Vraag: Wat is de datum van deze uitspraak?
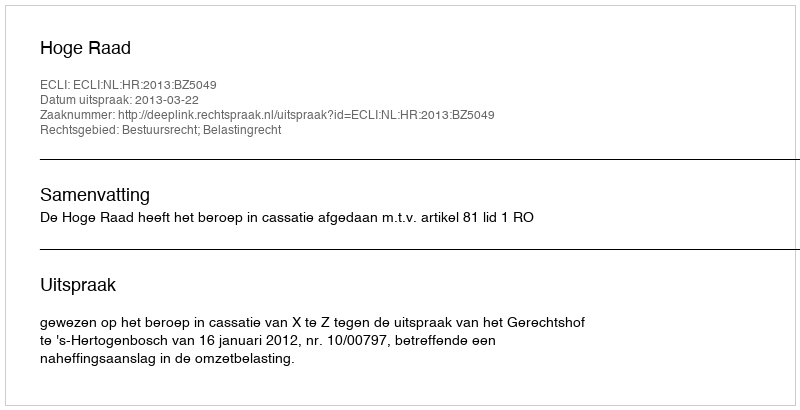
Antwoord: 2013-03-22